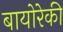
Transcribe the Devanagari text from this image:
बायोरेकी